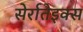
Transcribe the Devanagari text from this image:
सेर्रातेइक्स